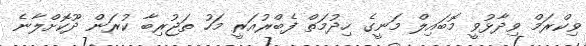
ވިކްރަމް ވިދާޅުވީ މޮބައިލް މަނީގެ ހިދުމަތް ފެބްރުއަރީ މަހު ތަޖުރިބާ ކުރަން ދޫކޮށްލާނެ